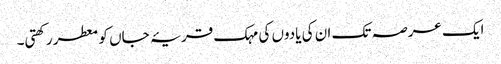
ایک عرصہ تک ان کی یادوں کی مہک قریۂ جاں کو معطر رکھتی۔